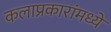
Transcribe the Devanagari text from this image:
कलाप्रकारांमध्ये